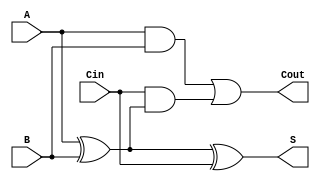
module RippleCarryFullAdder (
    input wire A,      // First binary input
    input wire B,      // Second binary input
    input wire Cin,    // Carry-in input
    output wire S,     // Sum output
    output wire Cout    // Carry-out output
);

// Intermediate signals
wire AB;           // A AND B
wire A_xor_B;     // A XOR B
wire Cin_xor_AB;  // Cin XOR (A XOR B)

// Logic for Sum (S)
assign A_xor_B = A ^ B;          // First XOR for A and B
assign S = A_xor_B ^ Cin;        // Final Sum S

// Logic for Carry-out (Cout)
assign AB = A & B;                // AND gate for A and B
assign Cin_xor_AB = Cin & A_xor_B; // AND gate for Cin and (A XOR B)
assign Cout = AB | Cin_xor_AB;   // OR gate to produce Cout

endmodule